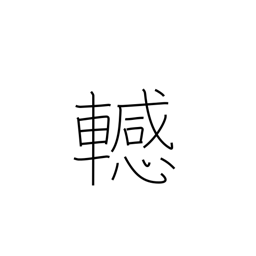
Meaning: difficulty